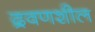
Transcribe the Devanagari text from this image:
द्रवणशील